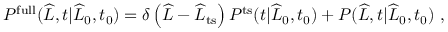
\begin{array} { r } { P ^ { \mathrm { f u l l } } ( \widehat { L } , t | \widehat { L } _ { 0 } , t _ { 0 } ) = \delta \left( \widehat { L } - \widehat { L } _ { \mathrm { t s } } \right) P ^ { \mathrm { t s } } ( t | \widehat { L } _ { 0 } , t _ { 0 } ) + P ( \widehat { L } , t | \widehat { L } _ { 0 } , t _ { 0 } ) \ , } \end{array}